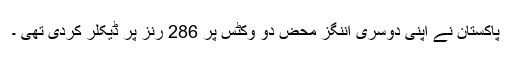
پاکستان نے اپنی دوسری اننگز محض دو وکٹس پر 286 رنز پر ڈیکلر کردی تھی ۔